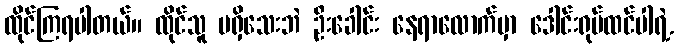
ထိုင်ကြရပါတယ်။ ထိုင်သူ မရှိသေးဘဲ ဦးခေါင်း နေရာလောက်မှာ ဒေါင်းရုပ်ထင်ပါရဲ့.